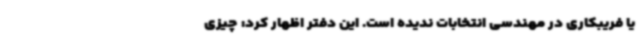
یا فریبکاری در مهندسی انتخابات ندیده است. این دفتر اظهار کرد: چیزی